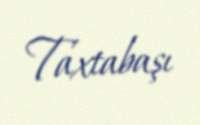
Taxtabaşı